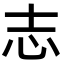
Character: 志